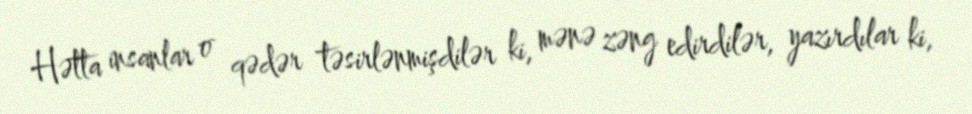
Hətta insanlar o qədər təsirlənmişdilər ki, mənə zəng edirdilər, yazırdılar ki,